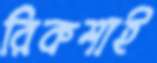
রিকশাই